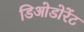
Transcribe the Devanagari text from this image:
डिओडोरेंट